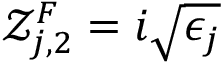
\mathcal { Z } _ { j , 2 } ^ { F } = i \sqrt { \epsilon _ { j } }